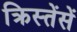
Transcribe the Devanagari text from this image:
क्रिस्तेंसें